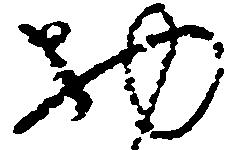
物